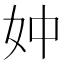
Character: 妕